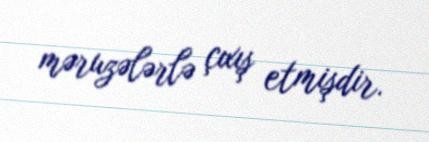
məruzələrlə çıxış etmişdir.